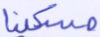
مسكينا